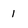
Character: 1